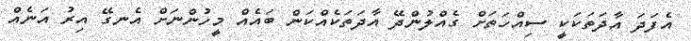
އެފަދަ އާދަތަކަކީ ސިއްހަތަށް ގެއްލުންދޭ އާދަތަކެއްކަން ބައެއް މީހުންނަށް އެނގޭ އިރު އަނެއް